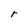
Character: r